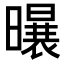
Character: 𪱆